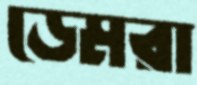
ডেমরা